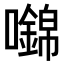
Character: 𡄎